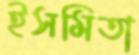
ইসমিতা